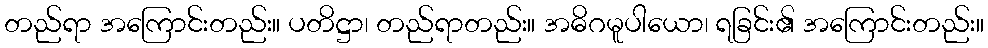
တည်ရာ အကြောင်းတည်း။ ပတိဋ္ဌာ၊ တည်ရာတည်း။ အဓိဂမူပါယော၊ ရခြင်း၏ အကြောင်းတည်း။